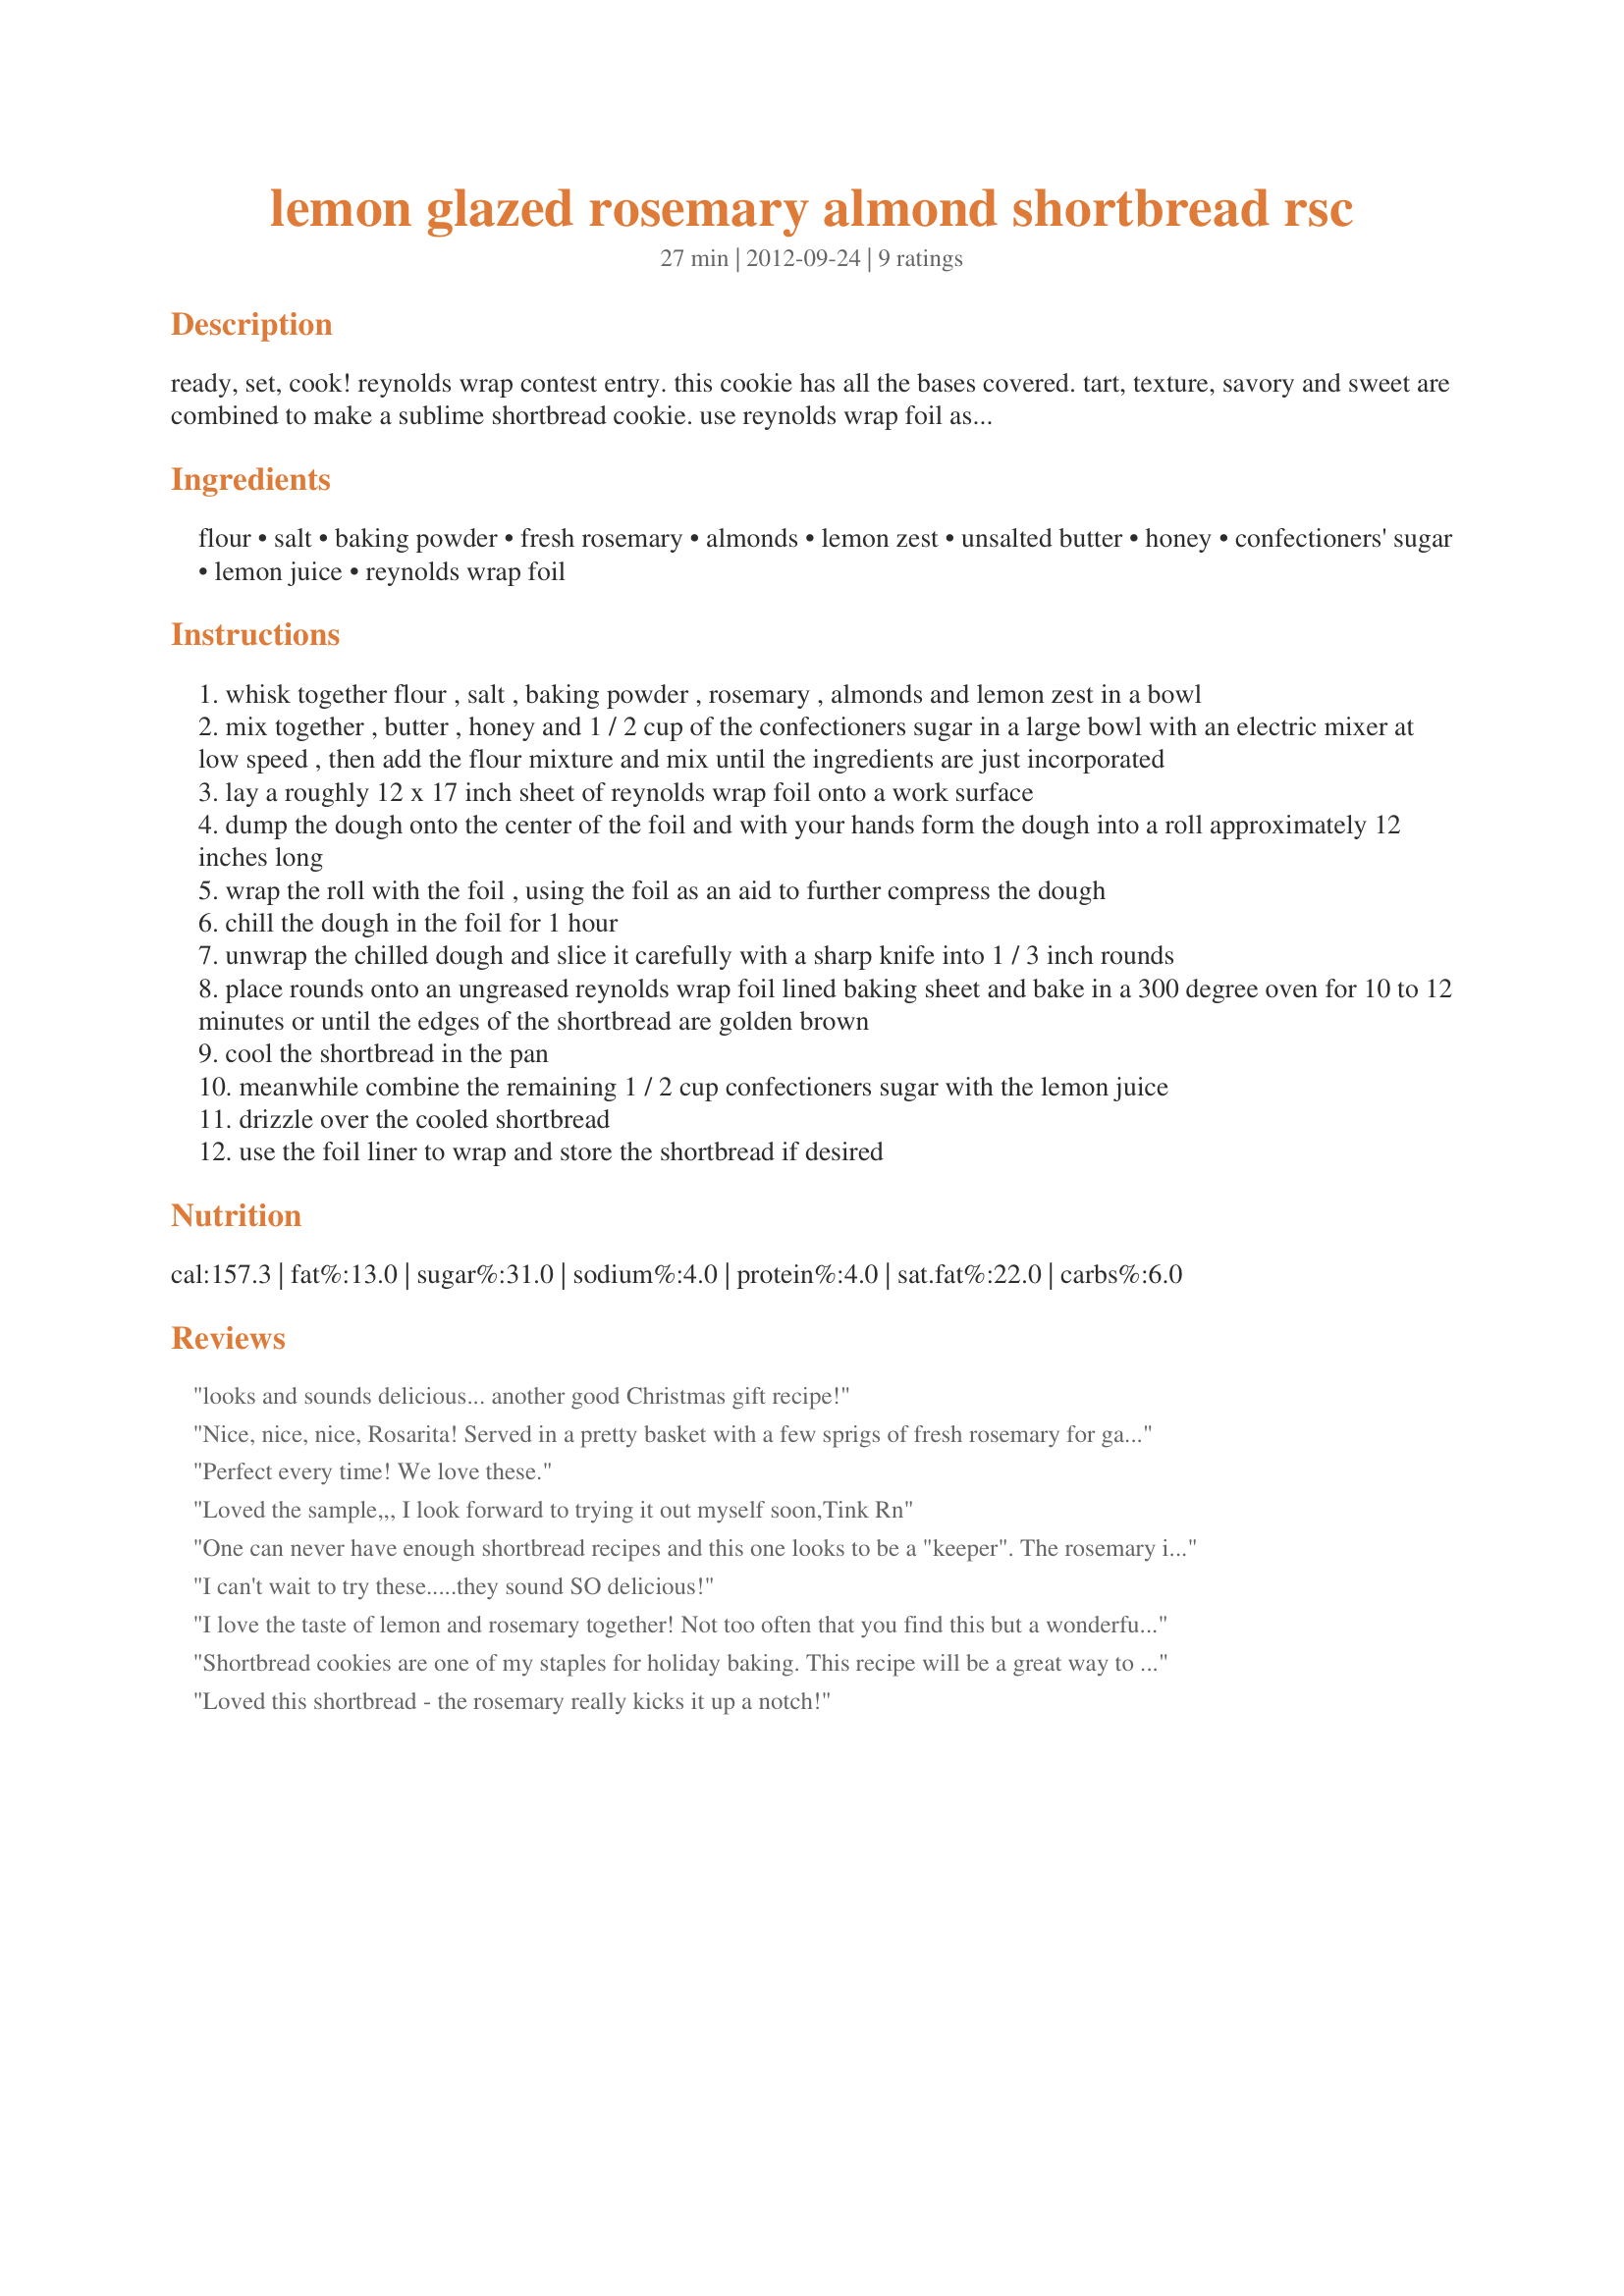
lemon glazed rosemary almond shortbread rsc
Preparation time: 27 minutes

ready, set, cook! reynolds wrap contest entry. this cookie has all the bases covered. tart, texture, savory and sweet are combined to make a sublime shortbread cookie. use reynolds wrap foil as an aid to help form the dough into a roll before chilling. also use reynolds wrap foil to line your cookie sheet, no greasing required, to give the bottom of the shortbread an extra golden brown crunch.

Ingredients:
flour, salt, baking powder, fresh rosemary, almonds, lemon zest, unsalted butter, honey, confectioners' sugar, lemon juice, reynolds wrap foil

Steps:
whisk together flour , salt , baking powder , rosemary , almonds and lemon zest in a bowl
mix together , butter , honey and 1 / 2 cup of the confectioners sugar in a large bowl with an electric mixer at low speed , then add the flour mixture and mix until the ingredients are just incorporated
lay a roughly 12 x 17 inch sheet of reynolds wrap foil onto a work surface
dump the dough onto the center of the foil and with your hands form the dough into a roll approximately 12 inches long
wrap the roll with the foil , using the foil as an aid to further compress the dough
chill the dough in the foil for 1 hour
unwrap the chilled dough and slice it carefully with a sharp knife into 1 / 3 inch rounds
place rounds onto an ungreased reynolds wrap foil lined baking sheet and bake in a 300 degree oven for 10 to 12 minutes or until the edges of the shortbread are golden brown
cool the shortbread in the pan
meanwhile combine the remaining 1 / 2 cup confectioners sugar with the lemon juice
drizzle over the cooled shortbread
use the foil liner to wrap and store the shortbread if desired

Reviews:
looks and sounds delicious... another good Christmas gift recipe!
Nice, nice, nice, Rosarita! Served in a pretty basket with a few sprigs of fresh rosemary for garnish, these get quickly nibbled/gobbled up! Good holiday gift idea, as well---definitely unusual!
Perfect every time! We love these.
Loved the sample,,, I look forward to trying it out myself soon,<br/>Tink Rn
One can never have enough shortbread recipes and this one looks to be a "keeper". The rosemary is an interesting addition...looking forward to trying out this recipe soon.
I can't wait to try these.....they sound SO delicious!
I love the taste of lemon and rosemary together! Not too often that you find this but a wonderful surprise on the taste buds :)
Shortbread cookies are one of my staples for holiday baking. This recipe will be a great way to change things up!
Loved this shortbread - the rosemary really kicks it up a notch!
